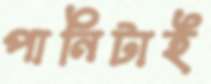
পানিটাই